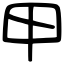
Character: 甲